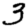
Digit: 3